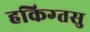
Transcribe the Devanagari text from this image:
हकिग्तसु